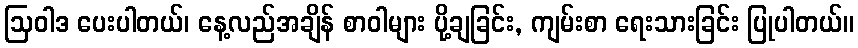
ဩဝါဒ ပေးပါတယ်၊ နေ့လည်အချိန် စာဝါများ ပို့ချခြင်း, ကျမ်းစာ ရေးသားခြင်း ပြုပါတယ်။